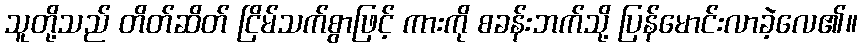
သူတို့သည် တိတ်ဆိတ် ငြိမ်သက်စွာဖြင့် ကားကို စခန်းဘက်သို့ ပြန်မောင်းလာခဲ့လေ၏။